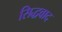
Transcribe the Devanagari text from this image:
सिद्धवाद